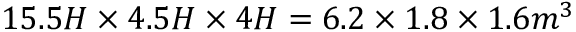
1 5 . 5 H \times 4 . 5 H \times 4 H = 6 . 2 \times 1 . 8 \times 1 . 6 m ^ { 3 }